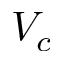
V _ { c }